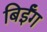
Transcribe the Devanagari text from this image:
बिईँग